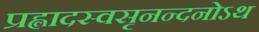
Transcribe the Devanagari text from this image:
प्रह्लादस्वसृनन्दनोऽथ